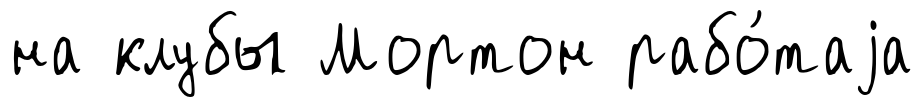
на клубы Мортон рабо́таjа